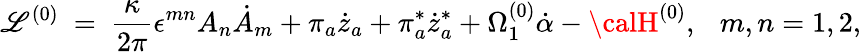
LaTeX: {\cal\mathscr{L}}^{(0)}~=~\frac{{\kappa}}{{2\pi}}\epsilon^{mn}A_{n}\dot{{A}}_{m}+\pi_{a}\dot{{z}}_{a}+\pi_{a}^{*}\dot{{z}}_{a}^{*}+\Omega_{1}^{(0)}\dot{{\alpha}}-{\calH}^{(0)},~~~m,n=1,2,